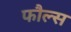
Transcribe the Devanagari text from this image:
फौल्स